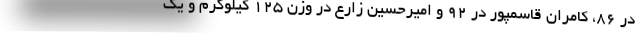
در ۸۶، کامران قاسمپور در ۹۲ و امیرحسین زارع در وزن ۱۲۵ کیلوگرم و یک